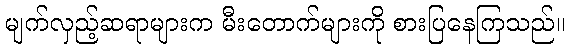
မျက်လှည့်ဆရာများက မီးတောက်များကို စားပြနေကြသည်။